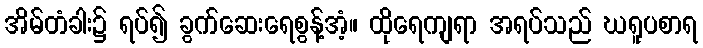
အိမ်တံခါး၌ ရပ်၍ ခွက်ဆေးရေစွန့်အံ့။ ထိုရေကျရာ အရပ်သည် ဃရူပစာရ